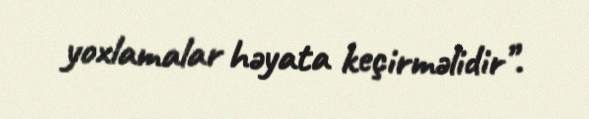
yoxlamalar həyata keçirməlidir”.